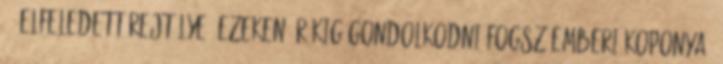
10 elfeledett rejtélye. ezeken órákig gondolkodni fogsz Emberi koponya,